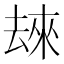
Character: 𫨬